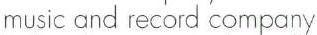
music and record company